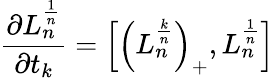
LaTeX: {\frac{\partial L_{n}^{\frac{1}{n}}}{\partial t_{k}}}=\left[\left(L_{n}^{\frac{k}{n}}\right)_{+},L_{n}^{\frac{1}{n}}\right]